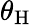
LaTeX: \theta_{\mathrm{H}}